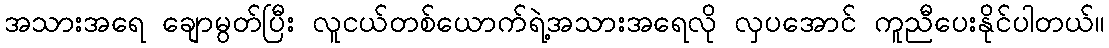
အသားအရေ ချောမွတ်ပြီး လူငယ်တစ်ယောက်ရဲ့အသားအရေလို လှပအောင် ကူညီပေးနိုင်ပါတယ်။